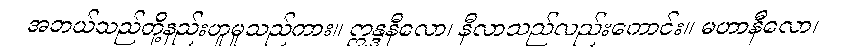
အဘယ်သည်တို့နည်းဟူမူသည်ကား။ ဣန္ဒနီလော၊ နီလာသည်လည်းကောင်း။ မဟာနီလော၊